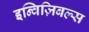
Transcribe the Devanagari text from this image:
इन्विज़िबल्स